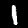
Label: 1